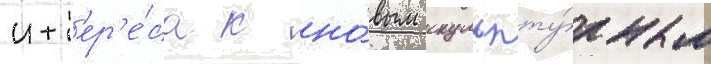
инт'ер'е́са к но́вым скульпту́рным